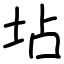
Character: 坫